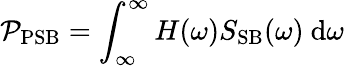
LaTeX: \mathcal{P}_{\mathrm{PSB}}=\int_{\infty}^{\infty}H(\omega)S_{\mathrm{SB}}(\omega)~\mathrm{d}\omega